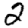
Digit: 2